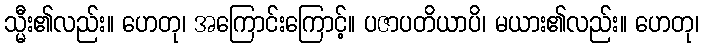
သ္မီး၏လည်း။ ဟေတု၊ အကြောင်းကြောင့်။ ပဇာပတိယာပိ၊ မယား၏လည်း။ ဟေတု၊